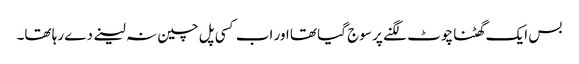
بس ایک گھٹنا چوٹ لگنے پر سوج گیا تھا اور اب کسی پل چین نہ لینے دے رہا تھا۔